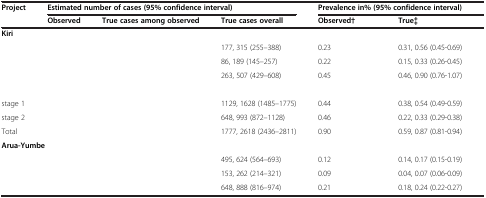
<table><thead><tr><td><b>Project</b></td><td colspan="3"><b>Estimated number of cases (95% confidence interval)</b></td><td colspan="2"><b>Prevalence in% (95% confidence interval)</b></td></tr><tr><td>[EMPTY_CELL]</td><td><b>Observed</b></td><td><b>True cases among observed</b></td><td><b>True cases overall</b></td><td><b>Observed†</b></td><td><b>True‡</b></td></tr></thead><tbody><tr><td colspan="6"><b>Kiri</b></td></tr><tr><td>[EMPTY_CELL]</td><td>[EMPTY_CELL]</td><td>[EMPTY_CELL]</td><td>177, 315 (255–388)</td><td>0.23</td><td>0.31, 0.56 (0.45-0.69)</td></tr><tr><td>[EMPTY_CELL]</td><td>[EMPTY_CELL]</td><td>[EMPTY_CELL]</td><td>86, 189 (145–257)</td><td>0.22</td><td>0.15, 0.33 (0.26-0.45)</td></tr><tr><td>[EMPTY_CELL]</td><td>[EMPTY_CELL]</td><td>[EMPTY_CELL]</td><td>263, 507 (429–608)</td><td>0.45</td><td>0.46, 0.90 (0.76-1.07)</td></tr><tr><td colspan="6">[EMPTY_CELL]</td></tr><tr><td>stage 1</td><td>[EMPTY_CELL]</td><td>[EMPTY_CELL]</td><td>1129, 1628 (1485–1775)</td><td>0.44</td><td>0.38, 0.54 (0.49-0.59)</td></tr><tr><td>stage 2</td><td>[EMPTY_CELL]</td><td>[EMPTY_CELL]</td><td>648, 993 (872–1128)</td><td>0.46</td><td>0.22, 0.33 (0.29-0.38)</td></tr><tr><td>Total</td><td>[EMPTY_CELL]</td><td>[EMPTY_CELL]</td><td>1777, 2618 (2436–2811)</td><td>0.90</td><td>0.59, 0.87 (0.81-0.94)</td></tr><tr><td colspan="6"><b>Arua-Yumbe</b></td></tr><tr><td>[EMPTY_CELL]</td><td>[EMPTY_CELL]</td><td>[EMPTY_CELL]</td><td>495, 624 (564–693)</td><td>0.12</td><td>0.14, 0.17 (0.15-0.19)</td></tr><tr><td>[EMPTY_CELL]</td><td>[EMPTY_CELL]</td><td>[EMPTY_CELL]</td><td>153, 262 (214–321)</td><td>0.09</td><td>0.04, 0.07 (0.06-0.09)</td></tr><tr><td>[EMPTY_CELL]</td><td>[EMPTY_CELL]</td><td>[EMPTY_CELL]</td><td>648, 888 (816–974)</td><td>0.21</td><td>0.18, 0.24 (0.22-0.27)</td></tr></tbody></table>